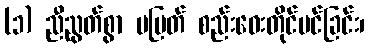
(၁) ညီညွတ်စွာ မပြတ် စည်းဝေးတိုင်ပင်ခြင်း၊